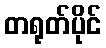
တရုတ်ပိုင်